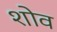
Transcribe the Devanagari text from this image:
शोव